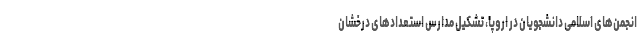
انجمن‌های اسلامی دانشجویان در اروپا، تشکیل مدارس استعدادهای درخشان